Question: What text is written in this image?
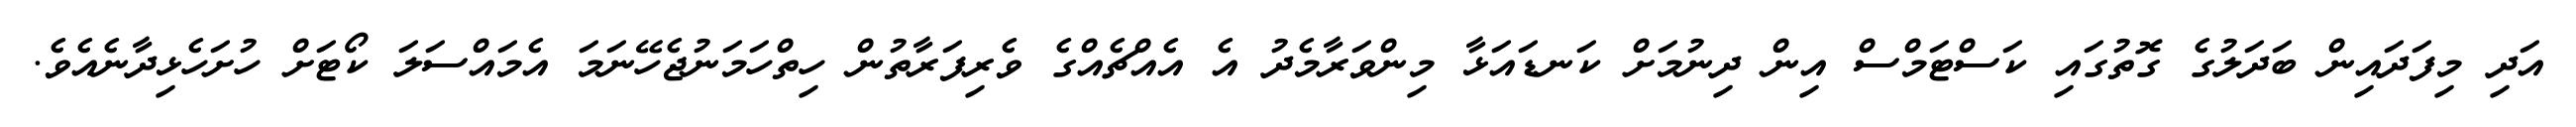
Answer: އަދި މިފަދައިން ބަދަލުގެ ގޮތުގައި ކަސްޓަމްސް އިން ދިނުމަށް ކަނޑައަޅާ މިންވަރާމެދު އެ އެއްޗެއްގެ ވެރިފަރާތުން ހިތްހަމަނުޖެހޭނަމަ އެމައްސަލަ ކޯޓަށް ހުށަހެޅިދާނެއެވެ.